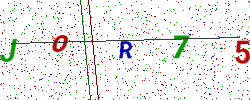
Text: JOR75